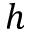
h